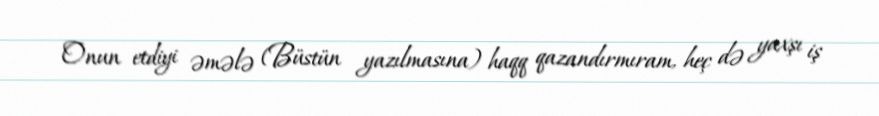
Onun etdiyi əmələ (Büstün yazılmasına) haqq qazandırmıram, heç də yaxşı iş